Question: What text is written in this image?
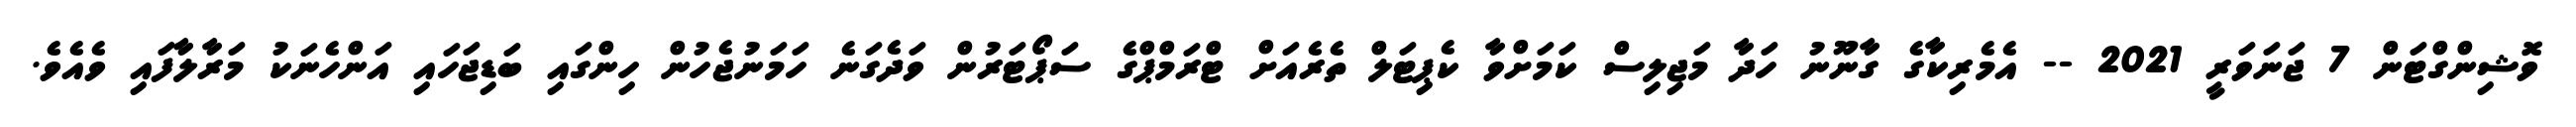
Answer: ވޮޝިންގްޓަން 7 ޖަނަވަރީ 2021 -- އެމެރިކާގެ ގާނޫނު ހަދާ މަޖިލިސް ކަމަށްވާ ކެޕިޓަލް ތެރެއަށް ޓްރަމްޕްގެ ސަޕޯޓަރުން ވަދެގަނެ ހަމަނުޖެހުން ހިންގައި ބަޑިޖަހައި އަންހެނަކު މަރާލާފައި ވެއެވެ.